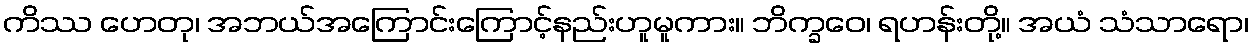
ကိဿ ဟေတု၊ အဘယ်အကြောင်းကြောင့်နည်းဟူမူကား။ ဘိက္ခဝေ၊ ရဟန်းတို့။ အယံ သံသာရော၊